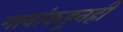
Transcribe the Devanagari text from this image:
गावांकडूनही